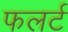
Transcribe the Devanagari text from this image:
फलर्ट